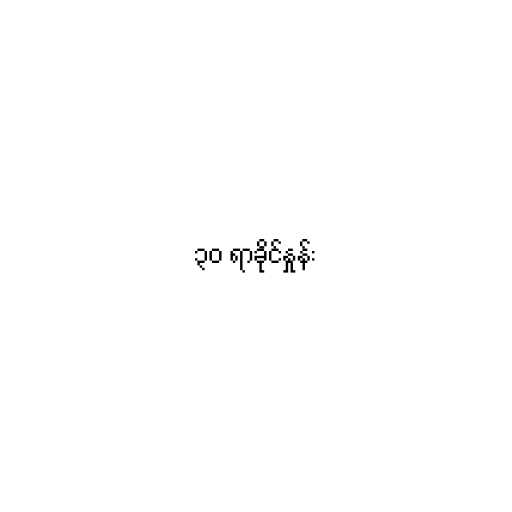
၃၀ ရာခိုင်နှုန်း